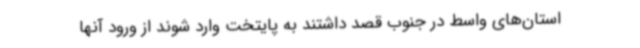
استان‌های واسط در جنوب قصد داشتند به پایتخت وارد شوند از ورود آنها